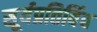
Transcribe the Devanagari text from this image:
सूर्यप्रतिबिंब